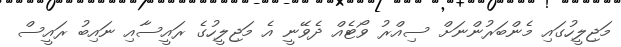
މަޖިލީހުގައި މެންބަރުންނަށް ސިއްރު ވޯޓެއް ދެވޭނީ އެ މަޖިލީހުގެ ރައީސާއި ނައިބު ރައީސް